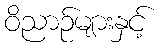
ဝိညာဉ်များနှင့်